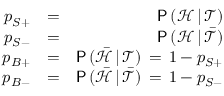
\begin{array} { r l r } { p _ { S + } } & { = } & { \mathsf { P } \, ( \mathcal { H } \, | \, \mathcal { T } ) } \\ { p _ { S - } } & { = } & { \mathsf { P } \, ( \mathcal { H } \, | \, \bar { \mathcal { T } } ) } \\ { p _ { B + } } & { = } & { \mathsf { P } \, ( \bar { \mathcal { H } } \, | \, \mathcal { T } ) \, = \, 1 - p _ { S + } } \\ { p _ { B - } } & { = } & { \mathsf { P } \, ( \bar { \mathcal { H } } \, | \, \bar { \mathcal { T } } ) \, = \, 1 - p _ { S - } } \end{array}